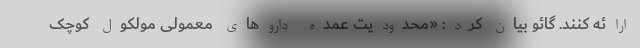
ارائه کنند. گائو بیان کرد: «محدودیت عمده داروهای معمولی مولکول کوچک